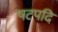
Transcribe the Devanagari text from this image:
षटपदि